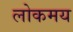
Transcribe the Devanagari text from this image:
लोकमय